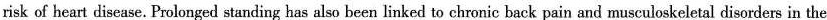
risk of heart disease. Prolonged standing has also been linked to chronic back pain and musculoskeletal disorders in the